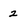
Character: 2